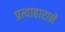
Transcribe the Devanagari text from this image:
प्रत्याहाराने